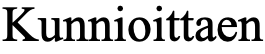
Kunnioittaen